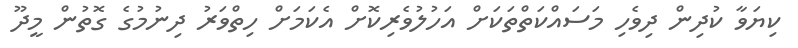
ކިޔަވާ ކުދިން ދިވެހި މަސައްކަތްތަކަށް އަހުލުވެރިކޮށް އެކަމަށް ހިތްވަރު ދިނުމުގެ ގޮތުން މީދޫ